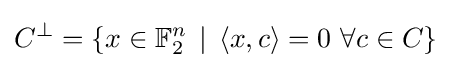
C^{\perp }=\{x\in \mathbb {F} _{2}^{n}\,\mid \,\langle x,c\rangle =0{\mbox{  }}\forall c\in C\}